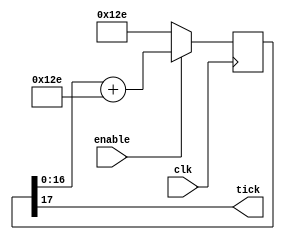
module BaudTickGen#(parameter ClkFrequency = 50000000, Baud = 115200, Oversampling = 1)(
    input clk, enable,
    output tick 
);
localparam AccWidth = $clog2(ClkFrequency/Baud)+8; 
reg [AccWidth:0] Acc = 0;
localparam ShiftLimiter = $clog2(Baud*Oversampling >> (31-AccWidth));
localparam Inc = ((Baud*Oversampling << (AccWidth-ShiftLimiter))+(ClkFrequency>>(ShiftLimiter+1)))/(ClkFrequency>>ShiftLimiter);

always @(posedge clk) 
  if(enable) 
    Acc <= Acc[AccWidth-1:0] + Inc[AccWidth:0];
  else 
    Acc <= Inc[AccWidth:0];
    
assign tick = Acc[AccWidth];

endmodule